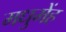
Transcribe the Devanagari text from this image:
मधुमेंह